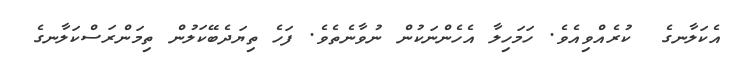
އެކަލާނގެ  ކުރެއްވިއެވެ. ހަމަހިލާ އެހެންނަކުން ނުވާނެތެވެ. ފަހެ ތިޔަދެބޭކަލުން ތިމަންރަސްކަލާނގެ